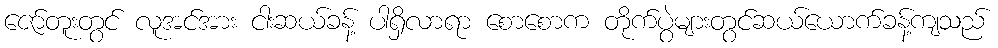
ဇော်တူးတွင် လူအင်အား ငါးဆယ်ခန့် ပါရှိလာရာ စောစောက တိုက်ပွဲများတွင်ဆယ်ယောက်ခန့်ကျသည်